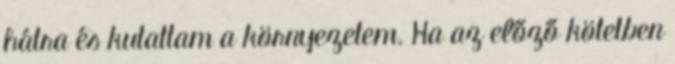
hátra és kutattam a környezetem. Ha az előző kötetben